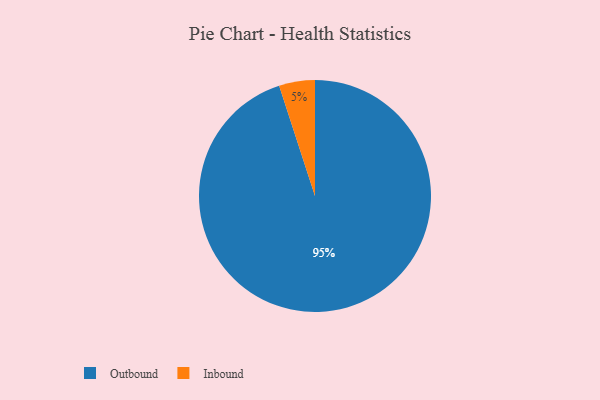
{"axis": {"x": "Category", "y": "Percentage"}, "legend": ["Inbound", "Outbound"], "data": [{"x": "Inbound", "y": 5, "type": "Inbound"}, {"x": "Outbound", "y": 95, "type": "Outbound"}]}